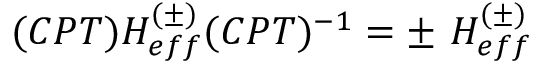
( C P T ) H _ { e f f } ^ { ( \pm ) } ( C P T ) ^ { - 1 } = \pm \ H _ { e f f } ^ { ( \pm ) }